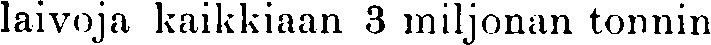
laivoja kaikkiaan 3 miljonan tonnin